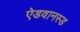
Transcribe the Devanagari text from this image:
ऐडवानस्ड